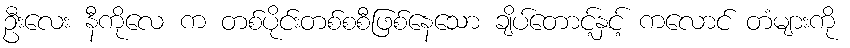
ဦးလေး နီကိုလေ က တစ်ပိုင်းတစ်စစီဖြစ်နေသော ချိပ်တောင့်နှင့် ကလောင် တံများကို